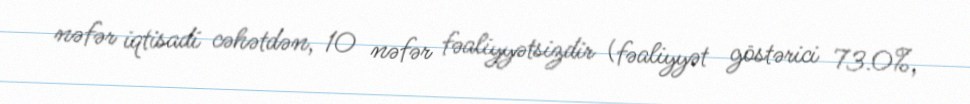
nəfər iqtisadi cəhətdən, 10 nəfər fəaliyyətsizdir (fəaliyyət göstərici 73.0%,